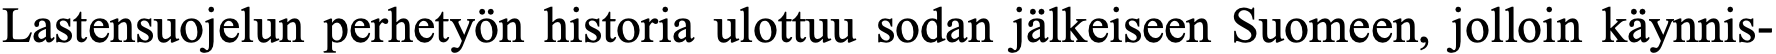
Lastensuojelun perhetyön historia ulottuu sodan jälkeiseen Suomeen, jolloin käynnis-